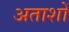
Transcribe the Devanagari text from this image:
अताशों